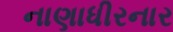
નાણાધીરનાર